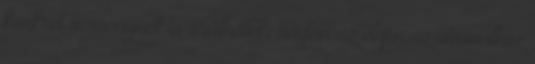
konkrét versenynek is örülhettek: rögtön az elején az útvonalhoz